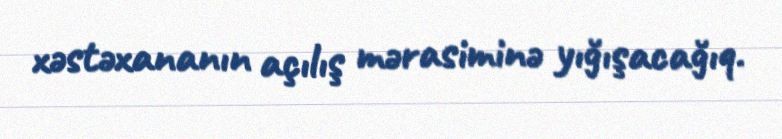
xəstəxananın açılış mərasiminə yığışacağıq.